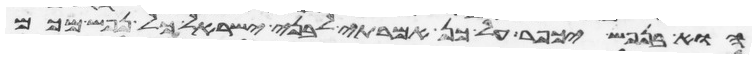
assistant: הוא בנפש יכפר על כן אמרתי לבני ישראל כל נפש מכם